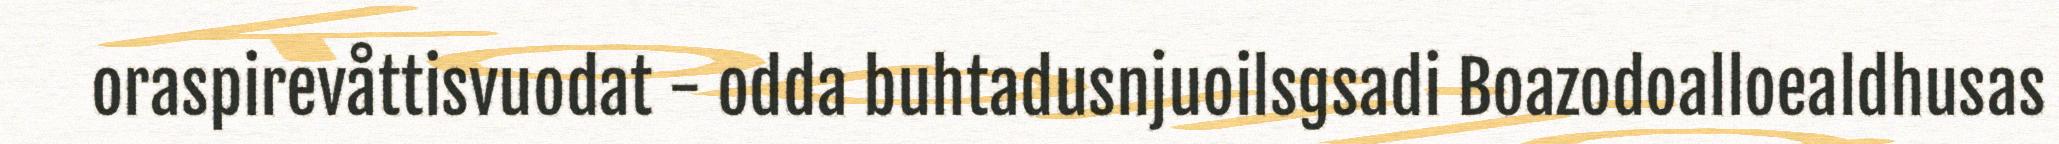
oraspirevåttisvuodat - odda buhtadusnjuoilsgsadi Boazodoalloealdhusas